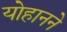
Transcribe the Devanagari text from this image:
योहानने